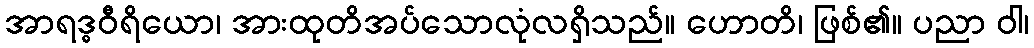
အာရဒ္ဓဝီရိယော၊ အားထုတိအပ်သောလုံလရှိသည်။ ဟောတိ၊ ဖြစ်၏။ ပညာ ဝါ၊